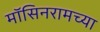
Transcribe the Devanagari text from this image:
मॉसिनरामच्या